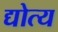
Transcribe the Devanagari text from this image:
द्योत्य